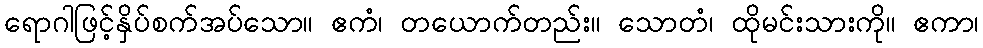
ရောဂါဖြင့်နှိပ်စက်အပ်သော။ ဧကံ၊ တယောက်တည်း။ သောတံ၊ ထိုမင်းသားကို။ ဧကာ၊